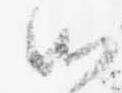
候